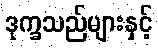
ဒုက္ခသည်များနှင့်